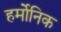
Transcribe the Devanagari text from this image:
हर्मोनिक